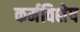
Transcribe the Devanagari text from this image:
कर्मविशेष